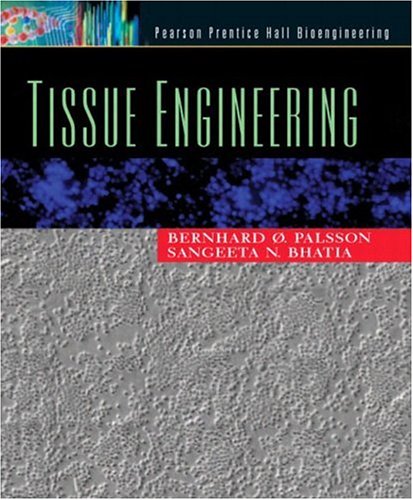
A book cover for Tissue Engineering; Bernhard O. Palsson; Medical Books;